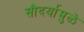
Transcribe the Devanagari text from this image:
सौदर्यामुळे